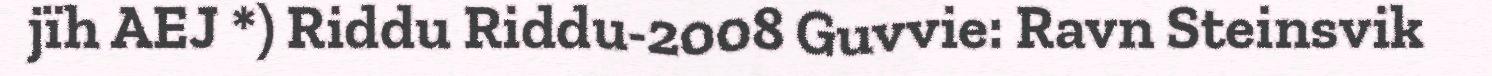
jïh AEJ *) Riddu Riddu-2008 Guvvie: Ravn Steinsvik